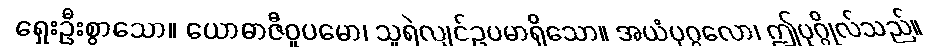
ရှေးဦးစွာသော။ ယောဓာဇီဝူပမော၊ သူရဲလျင်ဥပမာရှိသော။ အယံပုဂ္ဂလော၊ ဤပုဂ္ဂိုလ်သည်။